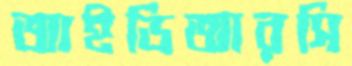
আইডিআরসি